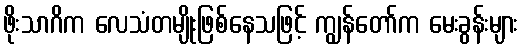
ဖိုးသာဂိက လေသံတမျိုးဖြစ်နေသဖြင့် ကျွန်တော်က မေးခွန်းများ